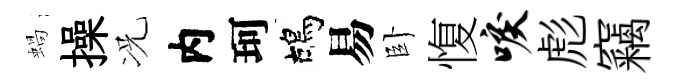
蝸操况内珂鴣易卧愎唳彪竊